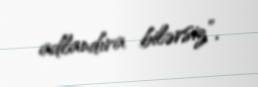
adlandıra bilərsiz”.